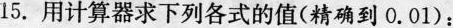
15.用计算器求下列各式的值(精确到0.01)：